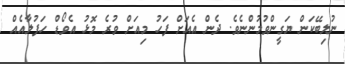
ނުލިބޭކަން ޔަގީންވުމުންނެވެ. ދެން އެއަށް ފަހު މިއަށް ވުރެ މޮޅު އެވޯޑް ހަފުލާއެއް